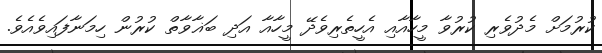
ކުރުމަށް މެދުވެރި ކުރުވާ މީހާއާއި އެހީތެރިވެދޭ މީހާއާ އަދި ބަޣާވާތް ކުރުން ހިމަނާފައިވެއެވެ.